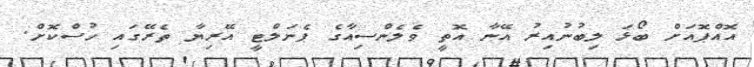
އޮއްޕޮއަށް ބޯޅަ ލިބުނުއިރު އޭނާ އޮތީ ވެލެންސިއާގެ ޕެނަލްޓީ އޭރިޔާ ތެރޭގައި ހުސްކޮށް.